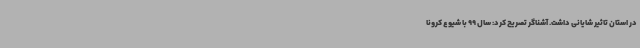
در استان تاثیر شایانی داشت. آشناگر تصریح کرد: سال 99 با شیوع کرونا